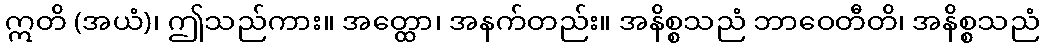
ဣတိ (အယံ)၊ ဤသည်ကား။ အတ္ထော၊ အနက်တည်း။ အနိစ္စသညံ ဘာဝေတီတိ၊ အနိစ္စသညံ